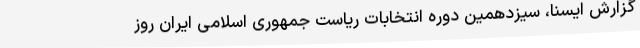
گزارش ایسنا، سیزدهمین دوره انتخابات ریاست جمهوری اسلامی ایران روز